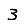
Digit: 3